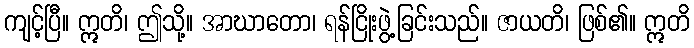
ကျင့်ပြီ။ ဣတိ၊ ဤသို့။ အာဃာတော၊ ရန်ငြိုးဖွဲ့ခြင်းသည်။ ဇာယတိ၊ ဖြစ်၏။ ဣတိ